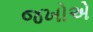
જખોએ